Scottish Leaving Certificate Examination, 1952
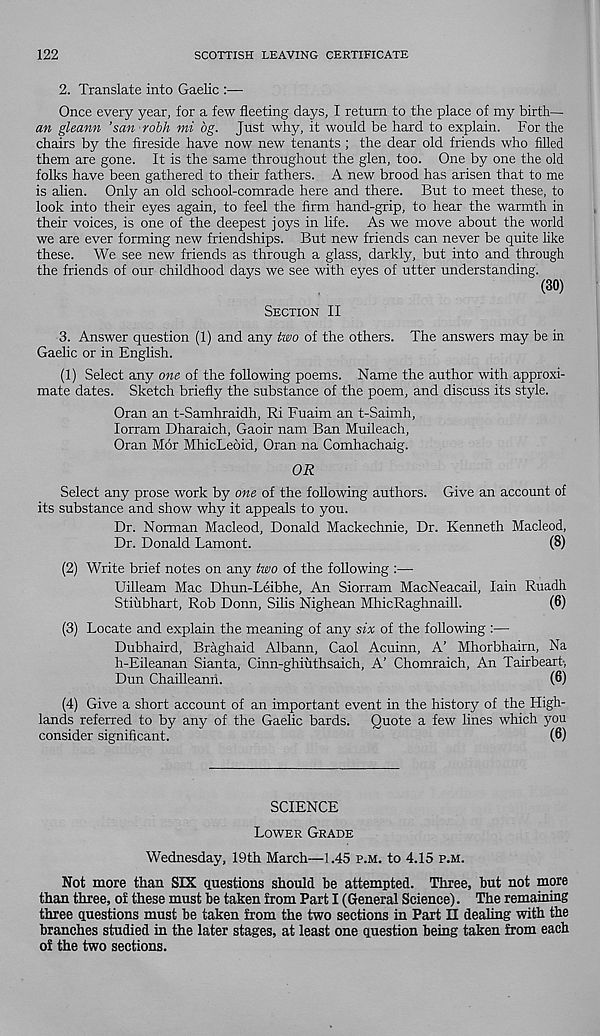
122
SCOTTISH LEAVING CERTIFICATE
2. Translate into Gaelic :—
Once every year, for a few fleeting days, I return to the place of my birth—
an gleann ’san robh mi bg. Just why, it would be hard to explain. For the
chairs by the fireside have now new tenants ; the dear old friends who filled
them are gone. It is the same throughout the glen, too. One by one the old
folks have been gathered to their fathers. A new brood has arisen that to me
is alien. Only an old school-comrade here and there. But to meet these, to
look into their eyes again, to feel the firm hand-grip, to hear the warmth in
their voices, is one of the deepest joys in life. As we move about the world
we are ever forming new friendships. But new friends can never be quite like
these. We see new friends as through a glass, darkly, but into and through
the friends of our childhood days we see with eyes of utter understanding.
(30)
Section II
3. Answer question (1) and any two of the others. The answers may be in
Gaelic or in English.
(1) Select any one of the following poems. Name the author with approxi-
mate dates. Sketch briefly the substance of the poem, and discuss its style.
Oran an t-Samhraidh, Ri Fuaim an t-Saimh,
lorram Dharaich, Gaoir nam Ban Muileach,
Oran Mor MhicLeoid, Oran na Comhachaig.
OR
Select any prose work by one of the following authors. Give an account of
its substance and show why it appeals to you.
Dr. Norman Macleod, Donald Mackechnie, Dr. Kenneth Macleod,
Dr. Donald Lamont.
(8)
(2) Write brief notes on any two of the following :—
Uilleam Mac Dhun-Leibhe, An Siorram MacNeacail, Iain Ruadh
Stiubhart, Rob Donn, Silis Nighean MhicRaghnaill.
(6)
(3) Locate and explain the meaning of any six of the following :—
Dubhaird, Braghaid Albann, Caol Acuinn, A’ Mhorbhairn, Na
h-Eileanan Sianta, Cinn-ghiuthsaich, A’ Chomraich, An Tairbeart,
Dun Chailleann.
(6)
(4) Give a short account of an important event in the history of the High-
lands referred to by any of the Gaelic bards. Quote a few lines which you
consider significant.
(6)
SCIENCE
Lower Grade
Wednesday, 19th March—1.45 p.m. to 4.15 p.m.
Not more than SIX questions should be attempted. Three, but not more
than three, of these must be taken from Part I (General Science). The remaining
three questions must be taken from the two sections in Part H dealing with the
branches studied in the later stages, at least one question being taken from each
of the two sections.